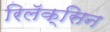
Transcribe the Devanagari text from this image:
रिलॅक्सिन